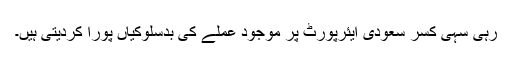
رہی سہی کسر سعودی ایئرپورٹ پر موجود عملے کی بدسلوکیاں پورا کردیتی ہیں۔